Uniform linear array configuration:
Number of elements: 24
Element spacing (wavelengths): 0.5
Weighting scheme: kaiser
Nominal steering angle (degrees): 15
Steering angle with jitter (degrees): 16.106
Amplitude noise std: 0.05
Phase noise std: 0.05

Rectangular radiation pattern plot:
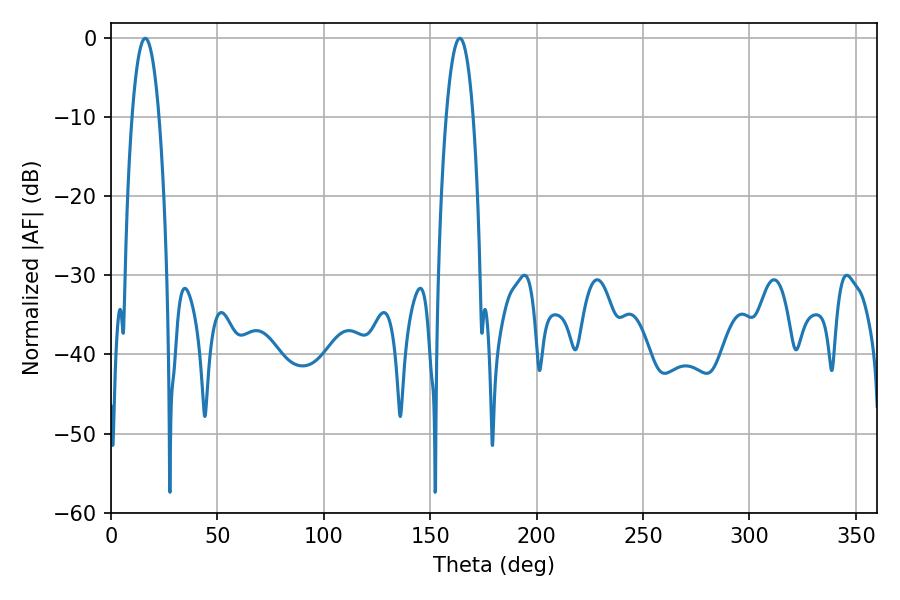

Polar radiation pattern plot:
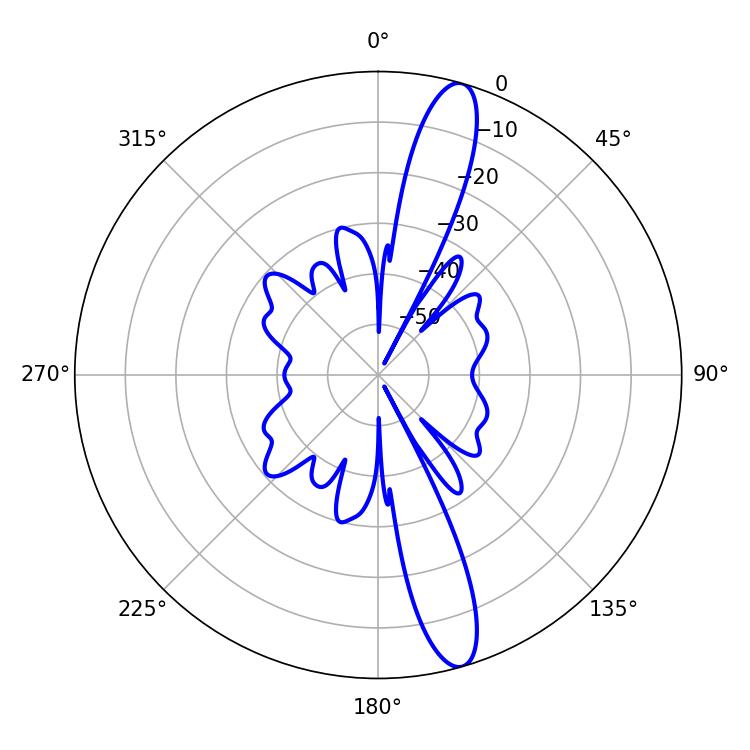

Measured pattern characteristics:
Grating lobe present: FALSE
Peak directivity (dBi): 14.381
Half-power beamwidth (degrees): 7.02
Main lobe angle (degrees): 16.02